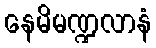
နေမိမဏ္ဍလာနံ